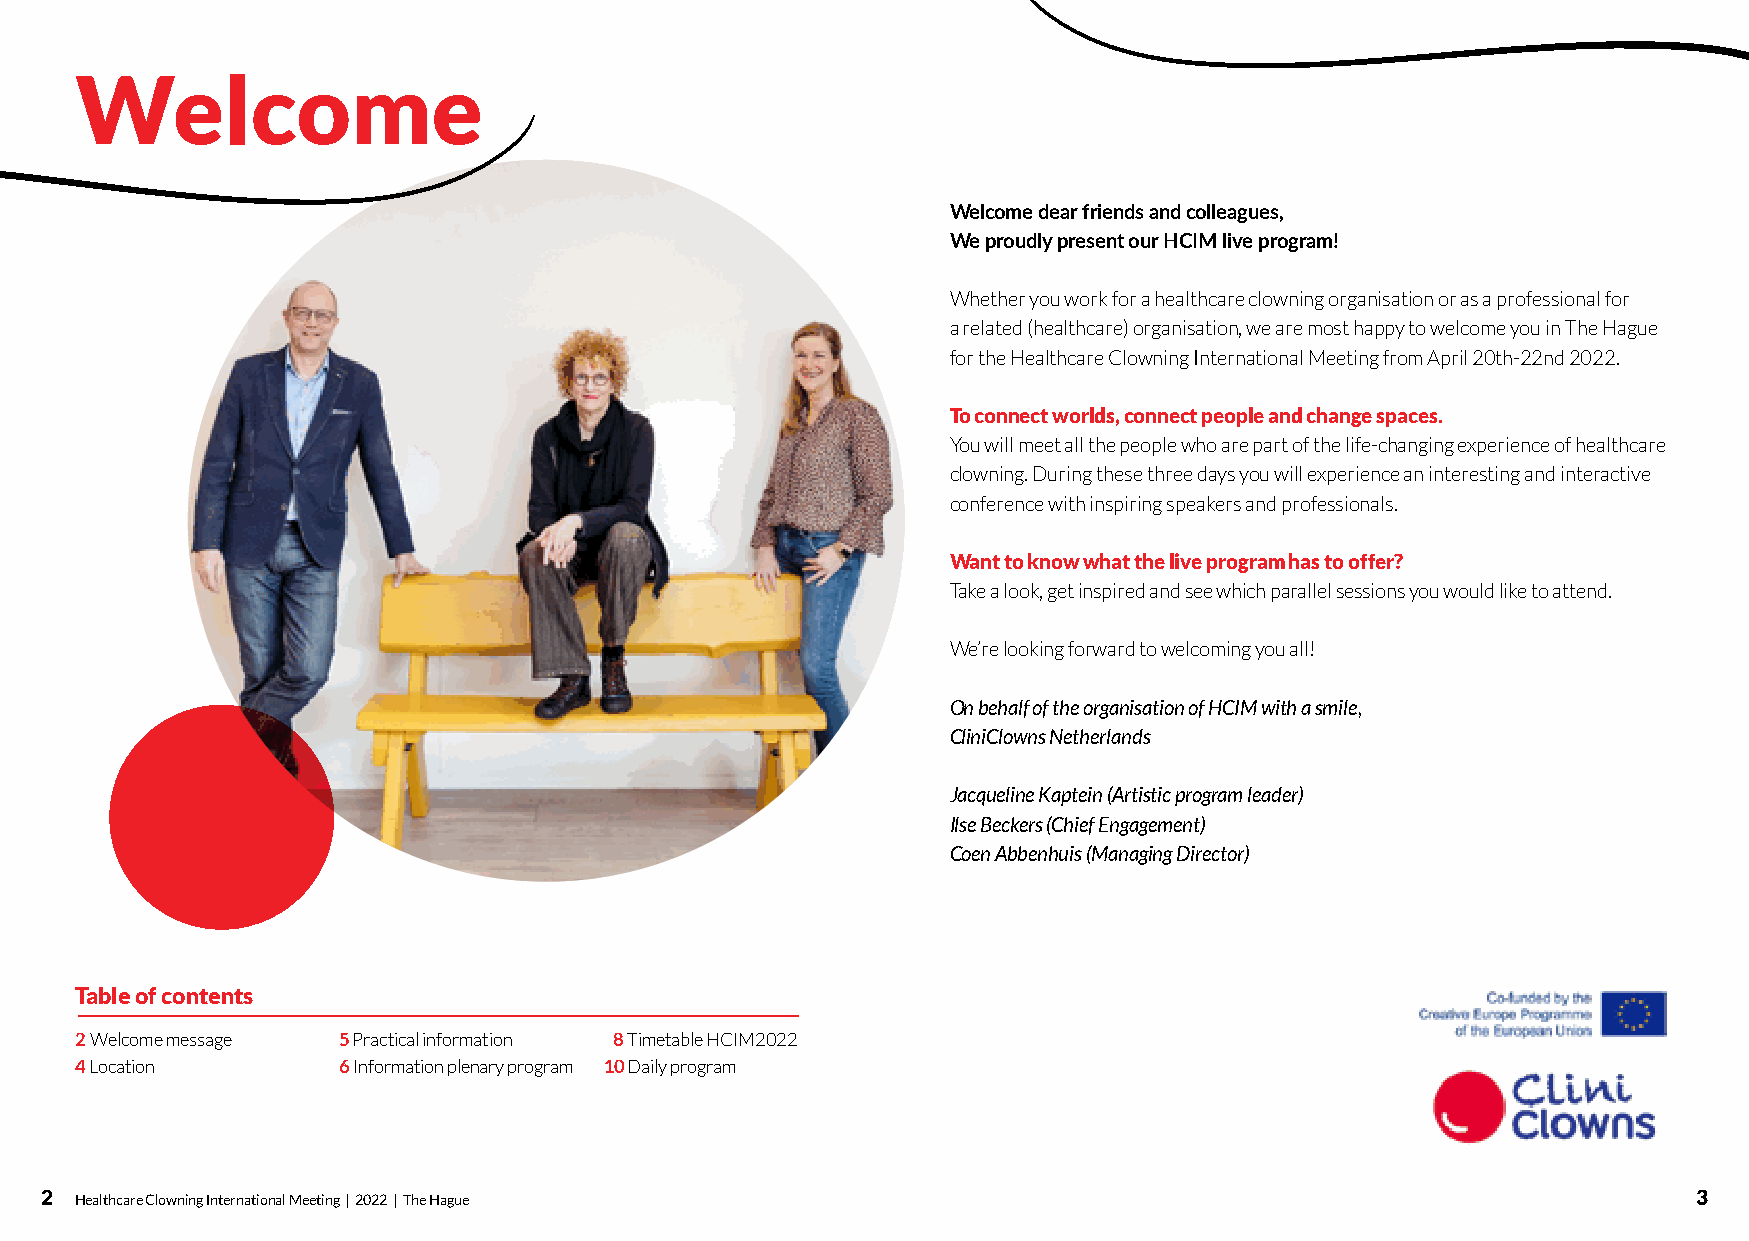
Welcome
 Welcome dear friends and colleagues,
 We proudly present our HCIM live program!
 Whether you work for a healthcare clowning organisation or as a professional for
 a related (healthcare) organisation, we are most happy to welcome you in The Hague
 for the Healthcare Clowning International Meeting from April 20th-22nd 2022.
 To connect worlds, connect people and change spaces.
 You will meet all the people who are part of the life-changing experience of healthcare
 clowning. During these three days you will experience an interesting and interactive
 conference with inspiring speakers and professionals.
 Want to know what the live program has to offer?
 Take a look, get inspired and see which parallel sessions you would like to attend.
 We’re looking forward to welcoming you all!
 On behalf of the organisation of HCIM with a smile,
 CliniClowns Netherlands
 Jacqueline Kaptein (Artistic program leader)
 Ilse Beckers (Chief Engagement)
 Coen Abbenhuis (Managing Director)
 Table of contents
 2 Welcome message 5 Practical information 8 Timetable HCIM2022
 4 Location       6 Information plenary program 10 Daily program
 2 Healthcare Clowning International Meeting | 2022 | The Hague                                               3